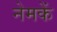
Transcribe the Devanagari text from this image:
नेमकें